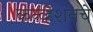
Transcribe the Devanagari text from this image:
कन्व्हेंशनचे